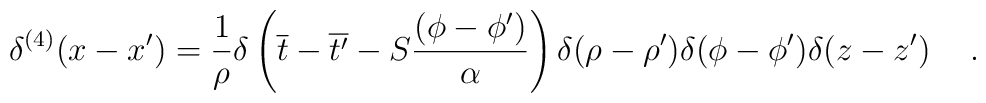
\delta^{(4)} (x-x^{\prime}) = \frac{1}{\rho} \delta \left( \overline{t} - \overline{t^{\prime}} - S \frac{(\phi - \phi^{\prime})}{\alpha} \right)\delta (\rho - \rho^{\prime}) \delta (\phi - \phi^{\prime}) \delta(z-z^{\prime}) \hspace{0.5cm}.